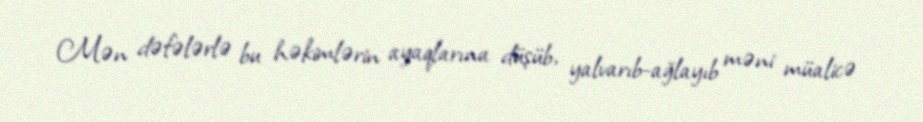
Mən dəfələrlə bu həkimlərin ayaqlarına düşüb, yalvarıb-ağlayıb məni müalicə